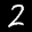
Label: 2